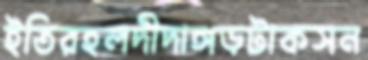
ইতিরহলদীদাঙ্গড়টাকসন